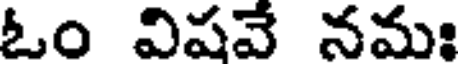
ఓం విషవే నమః